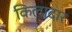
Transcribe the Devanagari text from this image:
किलादार